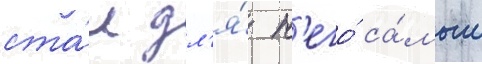
ста́л дл'я́ н'его́ са́мым